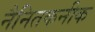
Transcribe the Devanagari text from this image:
नैनितकनीक